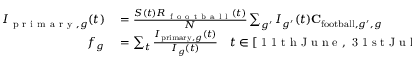
\begin{array} { r l } { I _ { \mathrm { ~ p ~ r ~ i ~ m ~ a ~ r ~ y ~ } , g } ( t ) } & { { } = \frac { S ( t ) R _ { \mathrm { ~ f ~ o ~ o ~ t ~ b ~ a ~ l ~ l ~ } } ( t ) } { N } \sum _ { g ^ { \prime } } I _ { g ^ { \prime } } ( t ) \mathbf { C } _ { \mathrm { f o o t b a l l } , g ^ { \prime } , g } } \\ { f _ { g } } & { { } = \sum _ { t } \frac { I _ { \mathrm { p r i m a r y } , g } ( t ) } { I _ { g } ( t ) } \quad t \in [ \mathrm { ~ 1 ~ 1 ~ t ~ h ~ J ~ u ~ n ~ e ~ } , \mathrm { ~ 3 ~ 1 ~ s ~ t ~ J ~ u ~ l ~ y ~ } ] } \end{array}